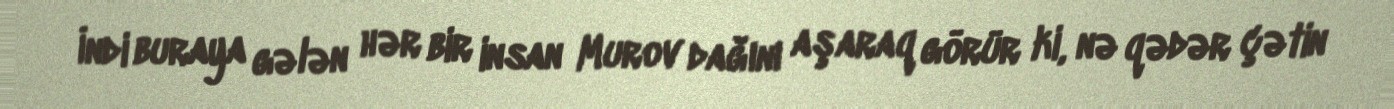
İndi buraya gələn hər bir insan Murov dağını aşaraq görür ki, nə qədər çətin